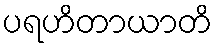
ပရဟိတာယာတိ